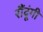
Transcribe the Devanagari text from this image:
रौंदूंगी